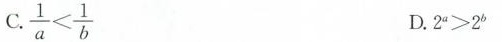
C.\frac{1}{a}< \frac{1}{b} D.2^{a}>2^{b}